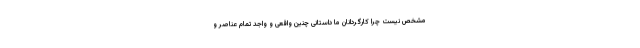
مشخص نیست چرا کارگردانان ما داستانی چنین واقعی و واجد تمام عناصر و